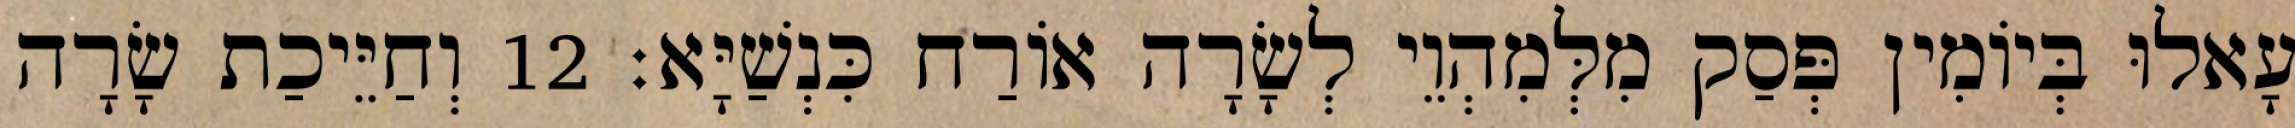
עָאלוּ בְּיוֹמִין פְּסַק מִלְּמִהְוֵי לְשָׂרָה אוֹרַח כִּנְשַׁיָּא׃ 12 וְחַיֵּיכַת שָׂרָה